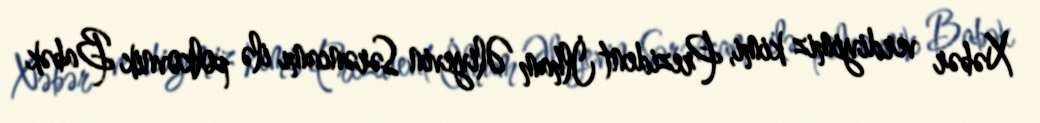
Xəbər verdiyimiz kimi, Prezident İlham Əliyevin Sərəncamı ilə polkovnik Babək